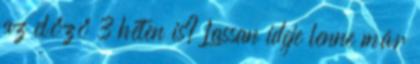
az előző 3 héten is? Lassan ideje lenne már